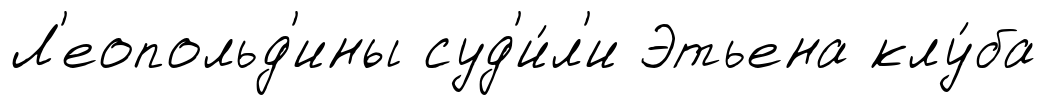
Л'еопольд'ины суд'и́л'и Этьена клу́ба